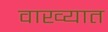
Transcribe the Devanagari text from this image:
वाख्यात